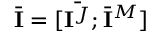
\bar { \mathbf { I } } = [ \bar { \mathbf { I } ^ { J } } ; \bar { \mathbf { I } } ^ { M } ]